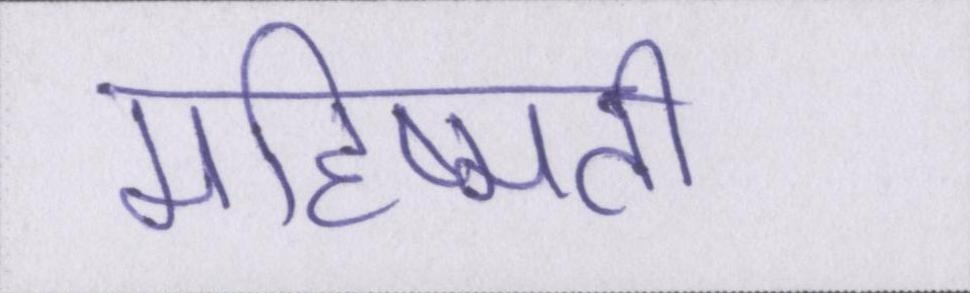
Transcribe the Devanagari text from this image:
महिष्मती